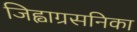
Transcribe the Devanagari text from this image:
जिह्वाग्रसनिका